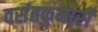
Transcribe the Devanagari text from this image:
वसंतकुमारी